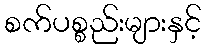
စက်ပစ္စည်းများနှင့်